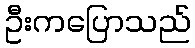
ဦးကပြောသည်